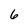
Character: 6